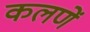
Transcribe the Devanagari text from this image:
कलणें